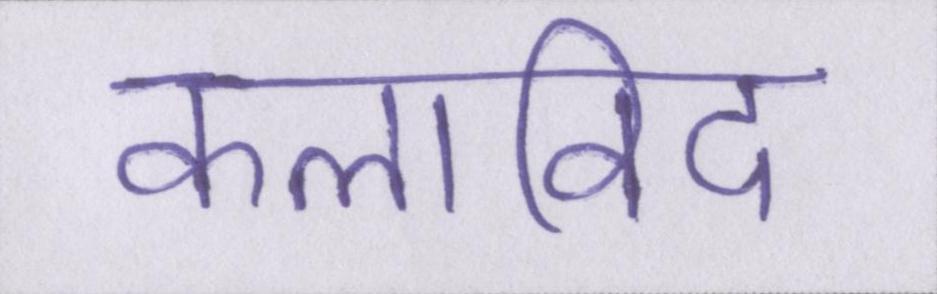
कलाविद